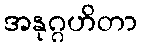
အနုဂ္ဂဟိတာ